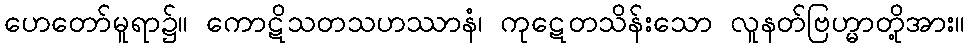
ဟေတော်မူရာ၌။ ကောဋိသတသဟဿာနံ၊ ကုဋေတသိန်းသော လူနတ်ဗြဟ္မာတို့အား။